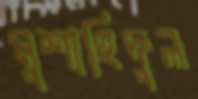
মুশাহিদুল